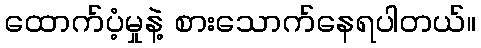
ထောက်ပံ့မှုနဲ့ စားသောက်နေရပါတယ်။